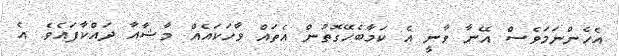
އެހެންނަމަވެސް އޭނާ ވާނީ އެ ކަމާބެހޭގޮތުން އެތައް ވާހަކައެއް މާޝާއާ ދައްކާފައެވެ. އެ